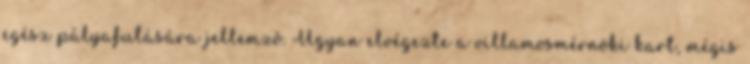
egész pályafutására jellemzô. Ugyan elvégezte a villamosmérnöki kart, mégis